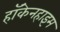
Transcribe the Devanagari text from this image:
हॉकेनहाइम